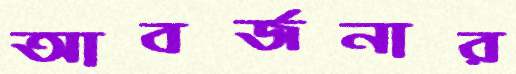
আবর্জনার